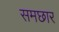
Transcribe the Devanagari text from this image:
समछार